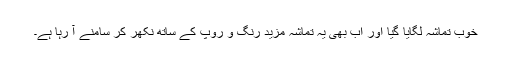
خوب تماشہ لگایا گیا اور اب بھی یہ تماشہ مزید رنگ و روپ کے ساتھ نکھر کر سامنے آ رہا ہے۔